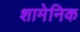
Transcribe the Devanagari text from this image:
शामेनिक